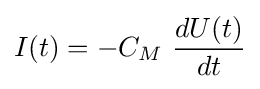
I(t)=-C_{M}\ {\frac {dU(t)}{dt}}